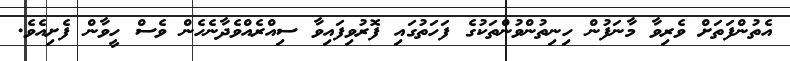
އެތުންފަތަށް ވެރިވާ މާނަފުން ހިނިތުންވުންތަކުގެ ފަހަތުގައި ފޮރުވިފައިވާ ސިއްރެއްވެދާނެހެން ވެސް ހީވާން ފެށިއެވެ.